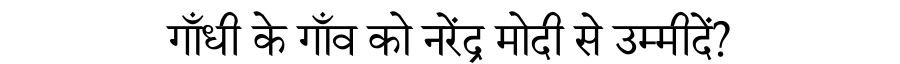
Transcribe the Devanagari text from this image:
गाँधी के गाँव को नरेंद्र मोदी से उम्मीदें?